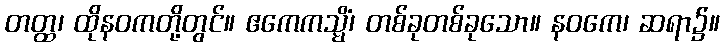
တတ္ထ၊ ထိုနဝကတို့တွင်။ ဧကေကသ္မိံ၊ တစ်ခုတစ်ခုသော။ နဝကေ၊ ဆရာ၌။